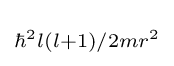
\scriptstyle \hbar ^{2}l(l+1)/2mr^{2}